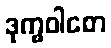
ဒုက္ခဝါစော